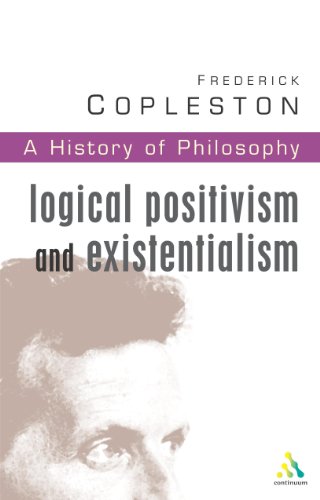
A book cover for History of Philosophy, Vol. 11: Logical Positivism and Existentialism; Frederick Copleston; Politics & Social Sciences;